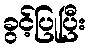
ခွင့်ပြုပြီး